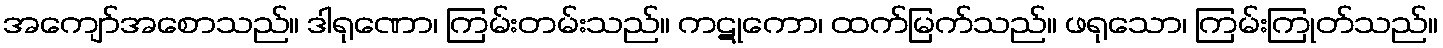
အကျော်အစောသည်။ ဒါရုဏော၊ ကြမ်းတမ်းသည်။ ကဋုကော၊ ထက်မြက်သည်။ ဖရုသော၊ ကြမ်းကြုတ်သည်။